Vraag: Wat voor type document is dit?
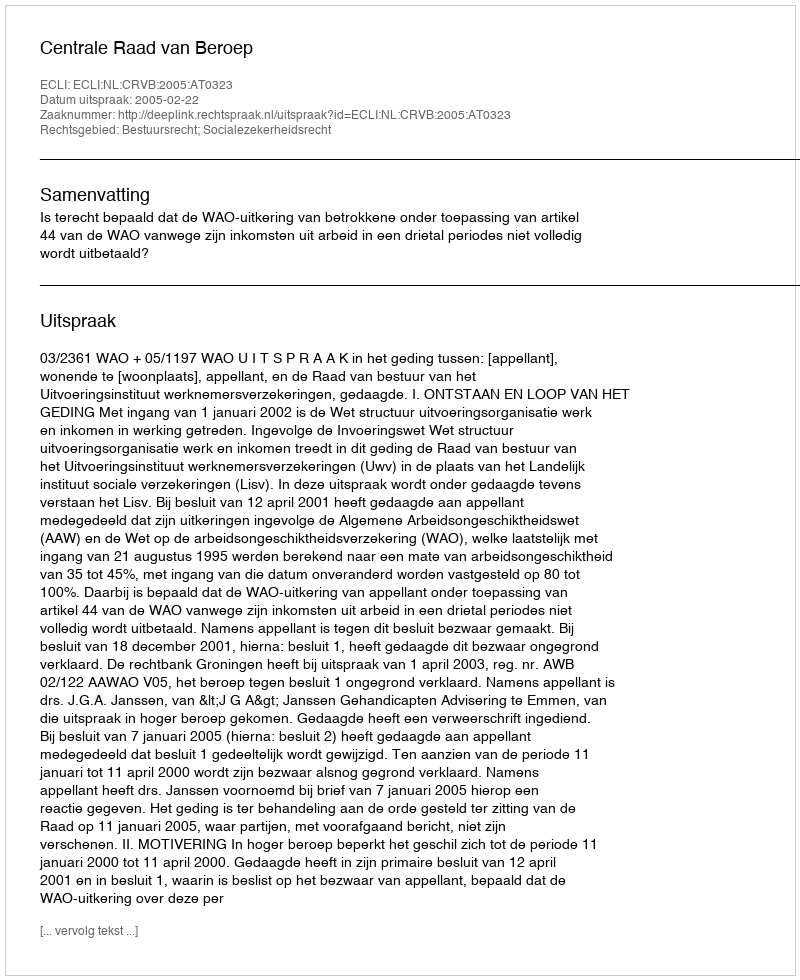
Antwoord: Uitspraak